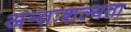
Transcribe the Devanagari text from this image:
अन्तःशल्यता